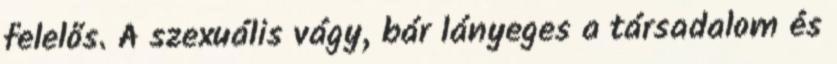
felelős. A szexuális vágy, bár lányeges a társadalom és